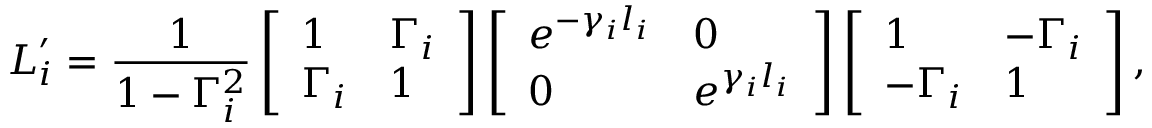
\boldsymbol { L } _ { i } ^ { \prime } = \frac { 1 } { 1 - \Gamma _ { i } ^ { 2 } } \left[ \begin{array} { l l } { 1 } & { \Gamma _ { i } } \\ { \Gamma _ { i } } & { 1 } \end{array} \right] \left[ \begin{array} { l l } { e ^ { - \gamma _ { i } l _ { i } } } & { 0 } \\ { 0 } & { e ^ { \gamma _ { i } l _ { i } } } \end{array} \right] \left[ \begin{array} { l l } { 1 } & { - \Gamma _ { i } } \\ { - \Gamma _ { i } } & { 1 } \end{array} \right] ,